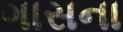
ગાસના